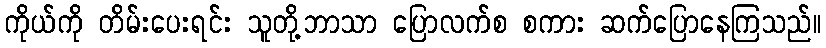
ကိုယ်ကို တိမ်းပေးရင်း သူတို့ဘာသာ ပြောလက်စ စကား ဆက်ပြောနေကြသည်။